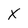
Character: X